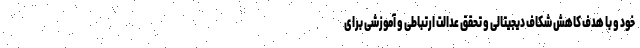
خود و با هدف کاهش شکاف دیجیتالی و تحقق عدالت ارتباطی و آموزشی برای